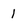
Character: 1